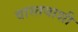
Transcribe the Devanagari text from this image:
वास्तवाशी